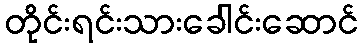
တိုင်းရင်းသားခေါင်းဆောင်